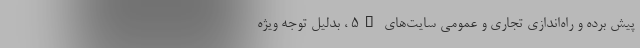
پیش برده و راه‌اندازی تجاری و عمومی سایت‌های 5G ، بدلیل توجه ویژه